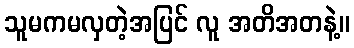
သူမကမလှတဲ့အပြင် လူ အတိအတနဲ့။